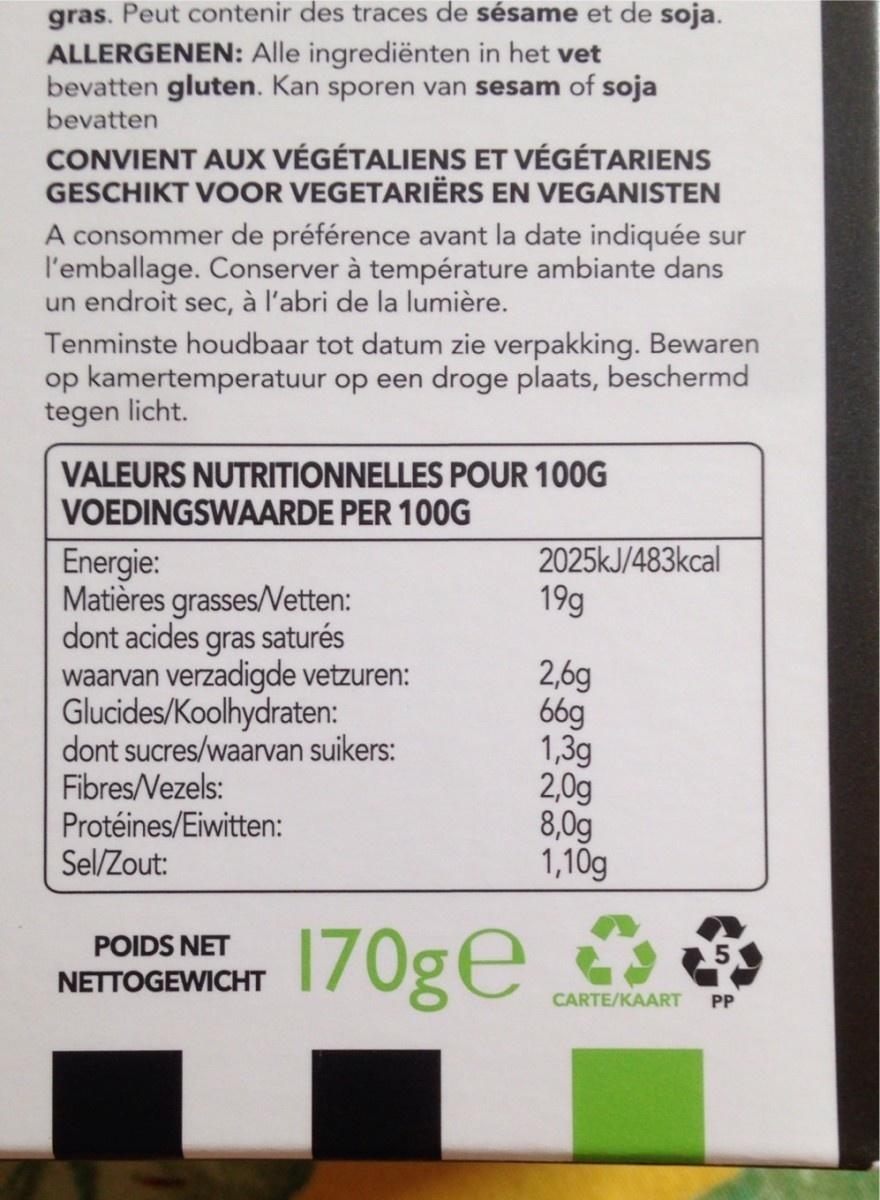
gras. Peut contenir des traces de sésame et de soja. ALLERGENEN: Alle ingrediënten in het vet bevatten gluten. Kan sporen van sesam of soja bevatten
CONVIENT AUX VÉGÉTALIENS ET VÉGÉTARIENS GESCHIKT VOOR VEGETARIËRS EN VEGANISTEN
A consommer de préférence avant la date indiquée sur l'emballage. Conserver à température ambiante dans un endroit sec, à l'abri de la lumière.
Tenminste houdbaar tot datum zie verpakking. Bewaren op kamertemperatuur op een droge plaats, beschermd tegen licht.
VALEURS NUTRITIONNELLES POUR 100G VOEDINGSWAARDE PER 100G
Energie:
Matières grasses/Vetten:
dont acides gras saturés waarvan verzadigde vetzuren:
Glucides/Koolhydraten:
dont sucres/waarvan suikers:
Fibres/Vezels:
Protéines/Eiwitten: Sel/Zout:
POIDS NET NETTOGEWICHT
170ge
2025kJ/483kcal
19g
2,6g
66g
1,3g
2,0g
8,0g
1,10g
CARTE/KAART PP